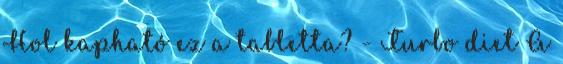
Hol kapható ez a tabletta? - Turbo diet A